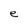
Character: e